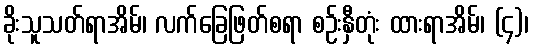
ခိုးသူသတ်ရာအိမ်၊ လက်ခြေဖြတ်စရာ စဉ်းနှီတုံး ထားရာအိမ်၊ (၄)၊